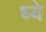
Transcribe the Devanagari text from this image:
ध्ये